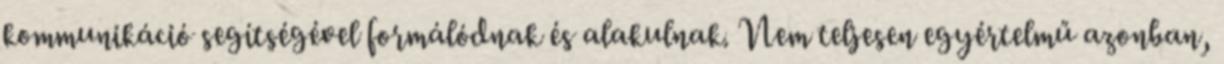
kommunikáció segítségével formálódnak és alakulnak. Nem teljesen egyértelmű azonban,